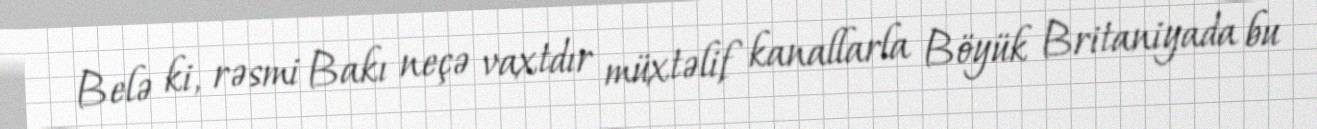
Belə ki, rəsmi Bakı neçə vaxtdır müxtəlif kanallarla Böyük Britaniyada bu